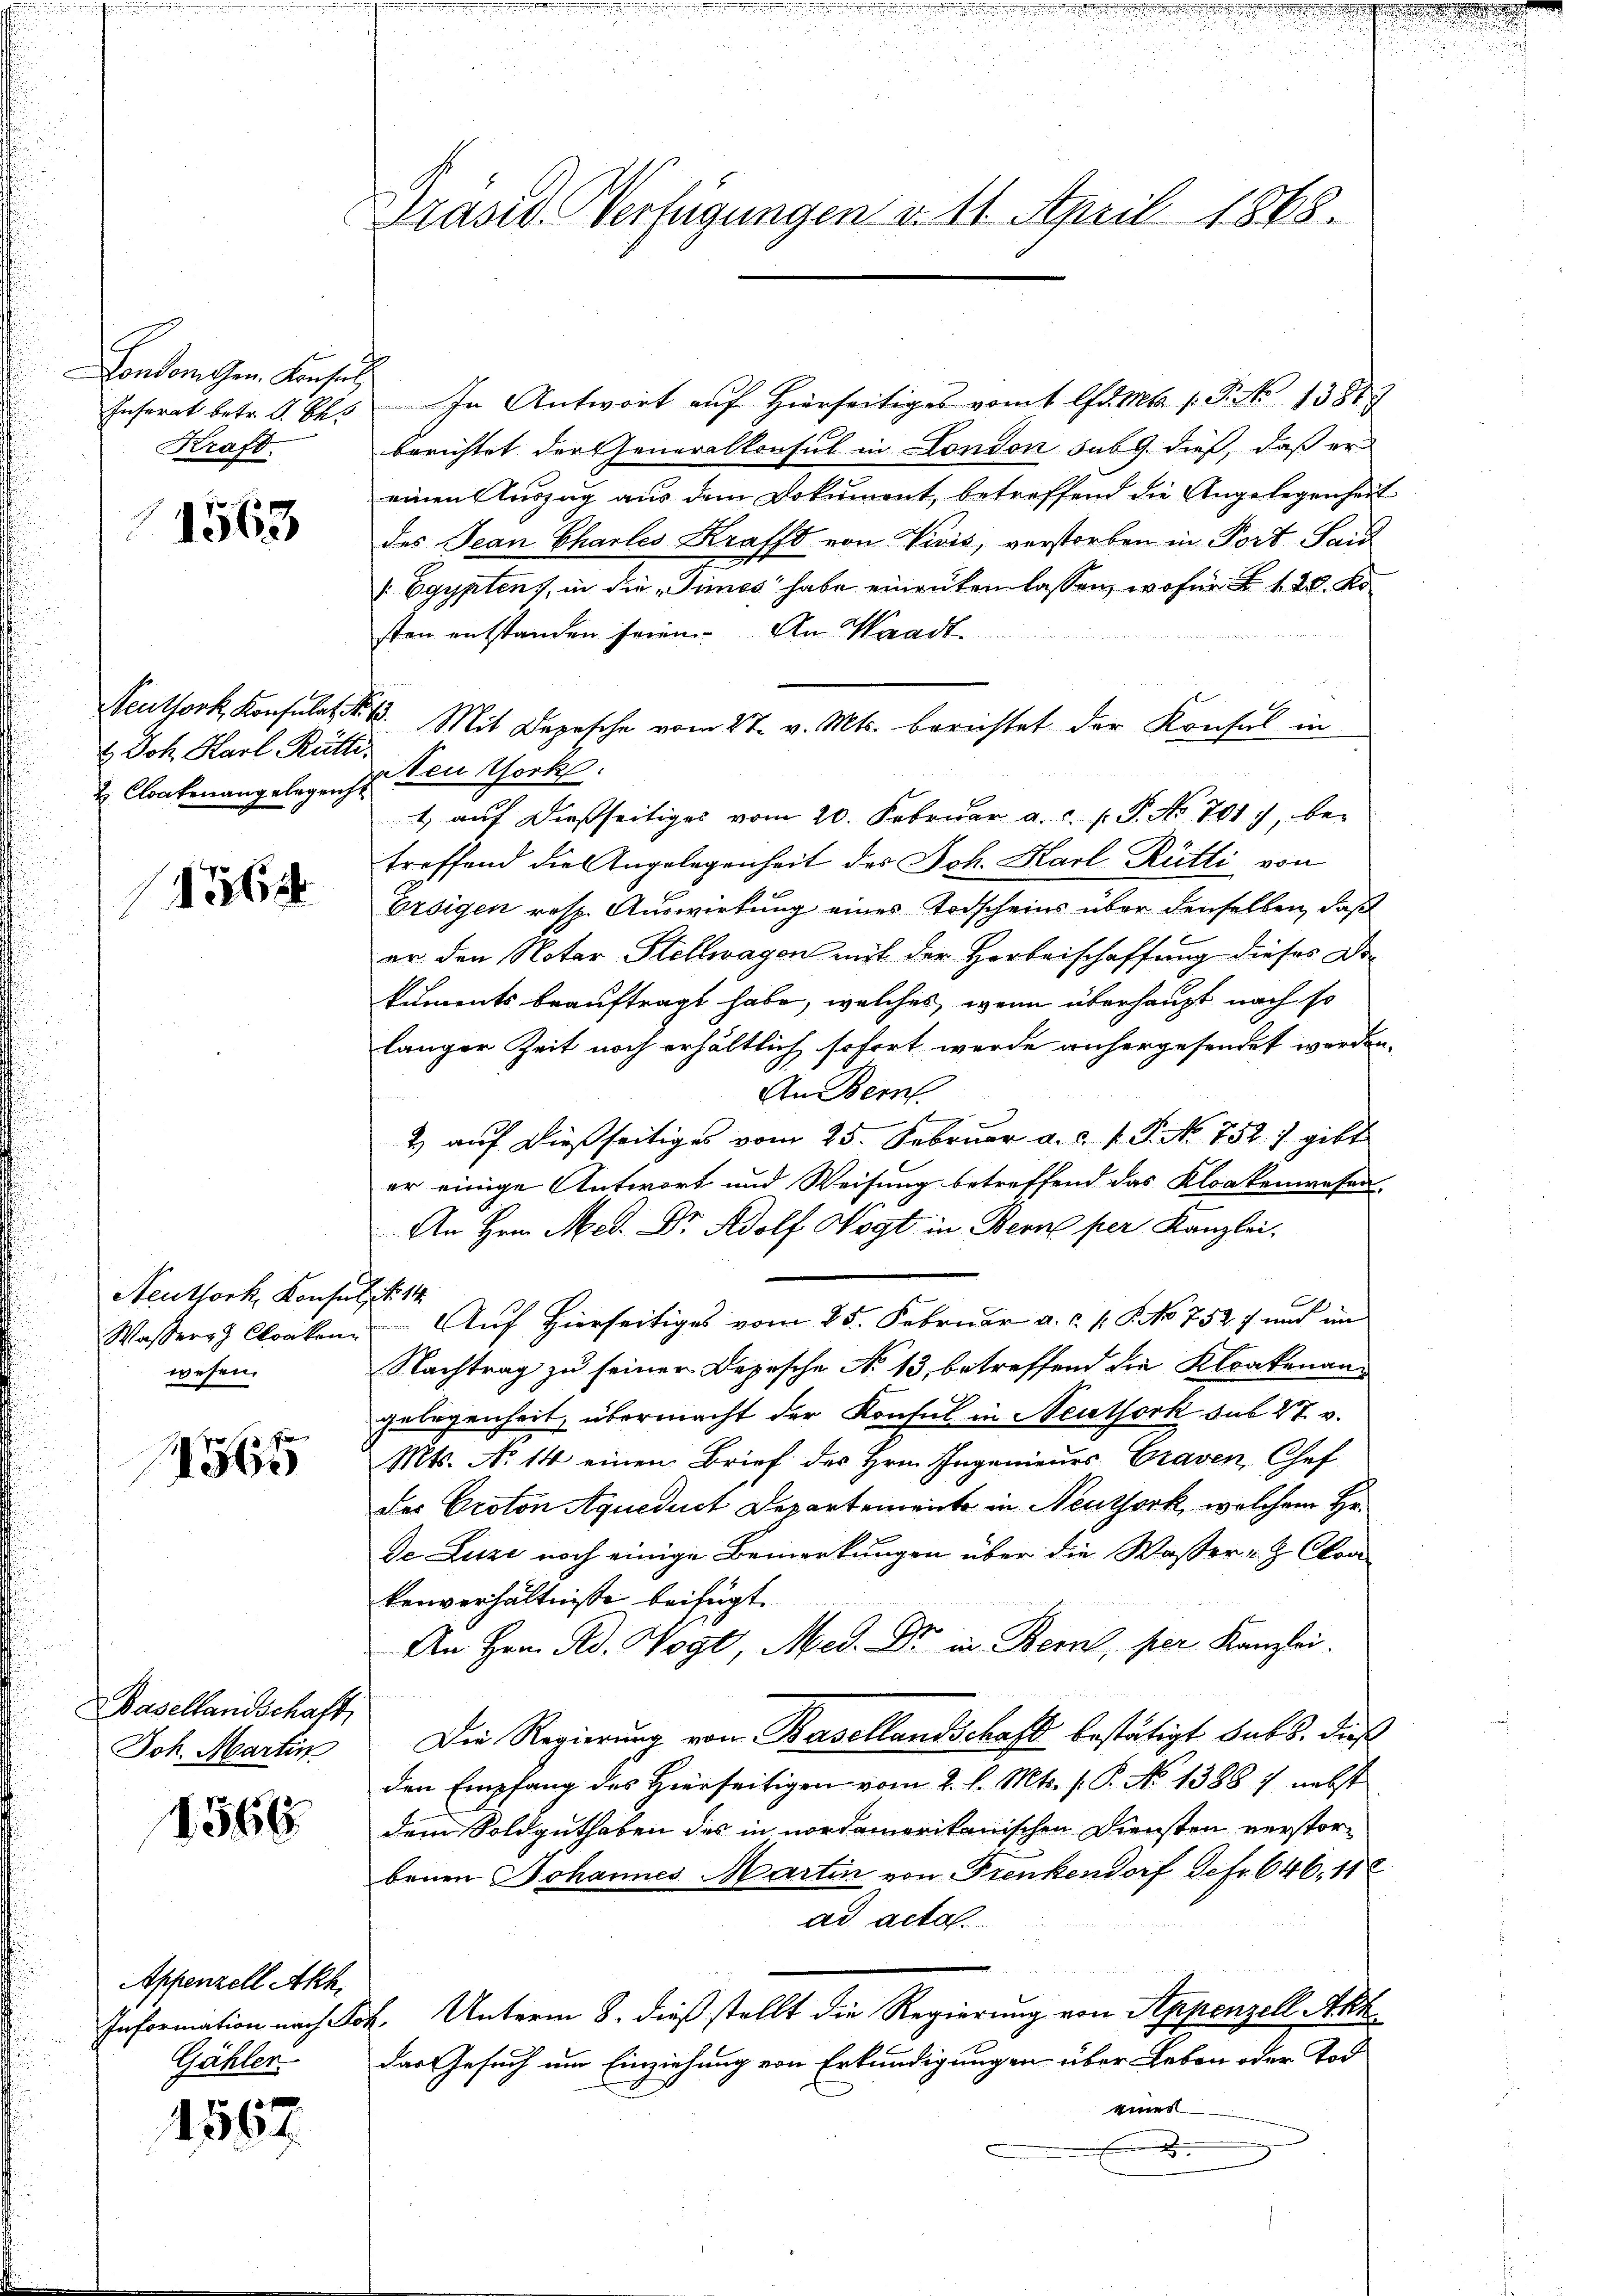
Londonnen. Konsul
Insorat betr. d. Bes
Kraft.

I

h

1563

Seuthork, Konsulat d.
t. Joh. Karl Rütti.
u Cloakenangelegericht

o

Neuthork, Konsin
Wassers Cloaken
wesen.

f
3

Basellandschaft
Joh. Martin

1566.

Appenzell Akh.
Information nach So¬
Gähler.

1562.

Präsid. Verfügungen d. 11. April 1848.

In Antwort auf Hierseitiges vom 1 lfd. Mts. 1. P. Nr. 1381
berichtet der Generalkonsul in London sub 9. dieß, daß er
einen Auszug aus dem Dokument, betreffend die Angelegenheit
des Jean Chartes Krafft von Vivis, verstorben in Port Sand
 Egyptens, in die „Times habe eingüten lassen, wofür F. 1. 28. No
sten entstanden seien. An Waadt
Mit Depesche vom 27. v. Mts. berichtet der Konsul in
Neu York
1, auf dießseitiges vom 20. Februar a. c. f. P. No. 701, betreffend die Angelegenheit des Joh. Karl Rütti von
Ersigen resp. Auswirkung eines Todscheins über denselben, daß
er den Notar Stellwagen mit der Herbeischaffung dieses Dikuments beauftragt habe, welches, wenn überhaupt nach so
langer Zeit noch erhältlich sofort werde anhergesendet werden.
An Bern
ust 1
f
2) auf dießseitiges vom 25. Februar a. d. 1. P. Nr. 752) gibt
er einige Antwort und Weisung betreffend das Kloakenwesen
An Hrn. Med. Dr. Adolf Vogt in Bern per Kanzlei,
No 14
Auf Hierseitiges vom 25. Februar a. c. v. J. No 752. 7 und in
Nachtrag zu seiner Depesche No 13, betreffend die Kloakenangelegenheit, übermacht der Konsul in Neuthork sub 27. v.
Mts. No 14 einen Brief des Hrn. Ingenieurs Graven, Chef
der Proton Aqueduct Departemente in Neuthork, welchem Hr.
de Luze noch einige Bemerkungen über die Wasser- & Cloakenverhältnisse beifügt.
An Hrn. Red. Wogt, Med. Dr. in Bern, per Kanzlei.
Die Regierung von Basellandschaft bestätigt sub 5. dieß
den Empfang des Hierseitigen vom 2. l. Mts. f. P. No 1388 7 nebst
dem Soldguthaben des in nordamerikanischen Diensten verstorbenen Johannes Martin von Frenkendorf Jcfr. 646. 11
ad acta.
l. Unterm 8. dieß stellt die Regierung von Appenzell Akk
das Gesuch um Einziehung von Erkundigungen über Leben oder Tod
einer
x

d